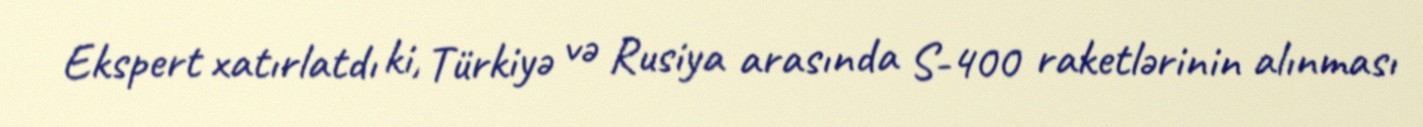
Ekspert xatırlatdı ki, Türkiyə və Rusiya arasında S-400 raketlərinin alınması